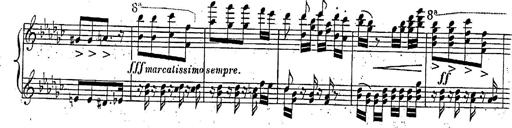
Title: Marche et Cavatine de Lucie de Lammermoor, S.398
Composer: Franz Liszt